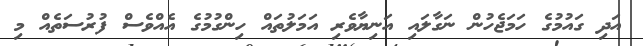
އަދި ގައުމުގެ ހަމަޖެހުން ނަގާލައި އަނިޔާވެރި އަމަލުތައް ހިންގުމުގެ އެއްވެސް ފުރުސަތެއް މި